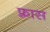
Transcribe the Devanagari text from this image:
फ़्रास